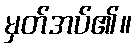
မှတ်အပ်၏။